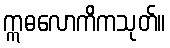
ဣဓလောကိကသုတ်။